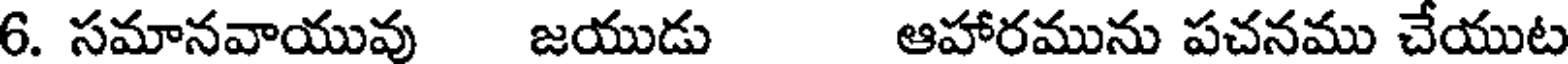
6. సమానవాయువు జయుడు ఆహారమును పచనము చేయుట